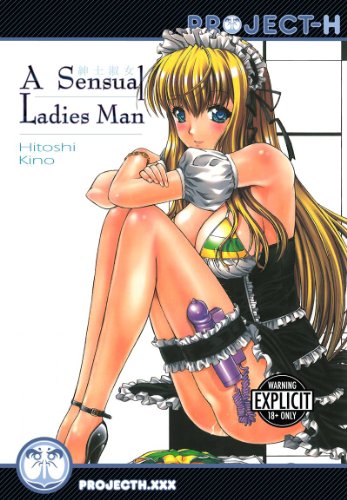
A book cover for SENSUAL LADIES MAN GN; Hitoshi Kino; Comics & Graphic Novels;